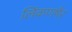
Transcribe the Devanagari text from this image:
लिंकणषैर